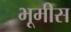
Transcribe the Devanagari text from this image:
भूमीस